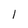
Character: l